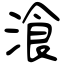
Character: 湌